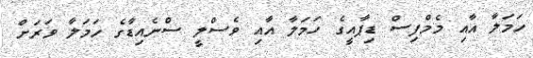
ހަމަލާ އާއި މެމްފިސް ޑިޕާއީގެ ހަމަލާ އާއި ވެސްލީ ސްނެއިޑާގެ ހަމަލާ ވަރަށް